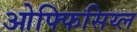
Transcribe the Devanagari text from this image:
ओफ्फिसिय्ल